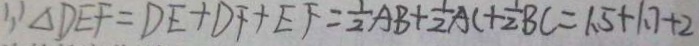
\because \Delta D E F = D E + D F + E F = \frac { 1 } { 2 } A B + \frac { 1 } { 2 } A C + \frac { 1 } { 2 } B C = 1 . 5 + 1 . 7 + 2